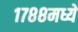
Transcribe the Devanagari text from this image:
१७८८मध्ये